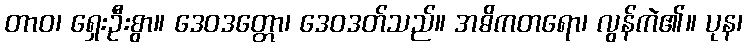
တာဝ၊ ရှေးဦးစွာ။ ဒေဝဒတ္တော၊ ဒေဝဒတ်သည်။ အဓိကတရော၊ လွန်ကဲ၏။ ပုန၊